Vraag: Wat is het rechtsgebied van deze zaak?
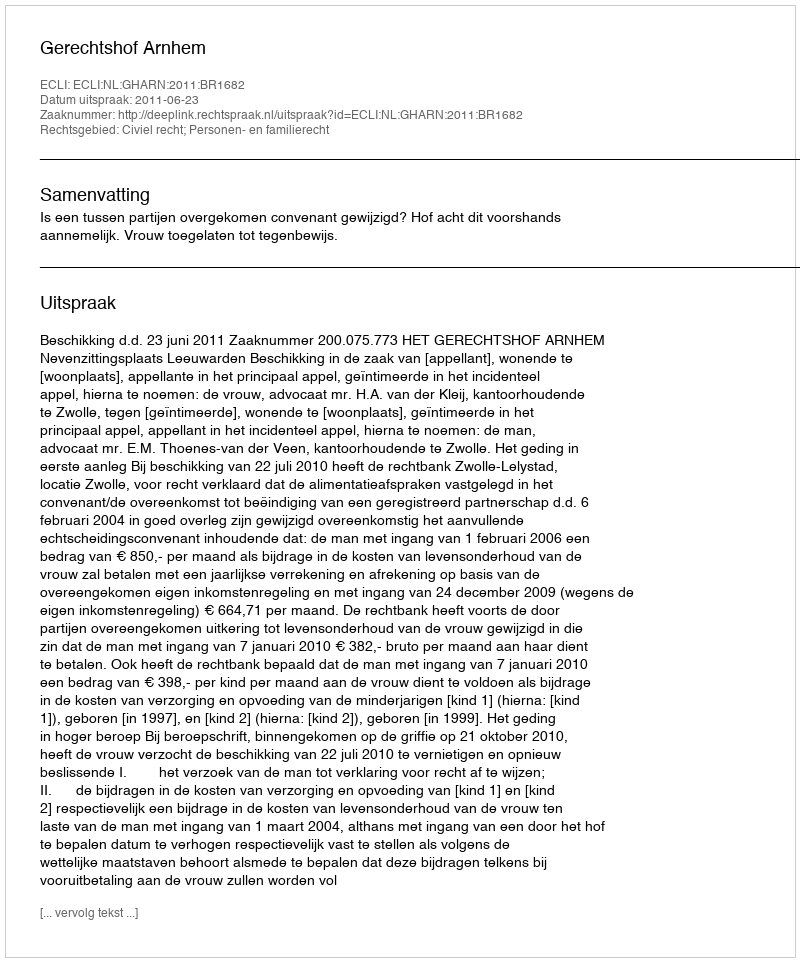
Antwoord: Civiel recht; Personen- en familierecht